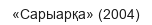
«Сарыарқа» (2004)